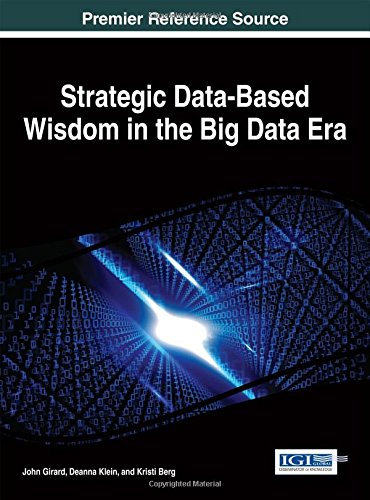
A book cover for Strategic Data-Based Wisdom in the Big Data Era; John Girard; Business & Money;